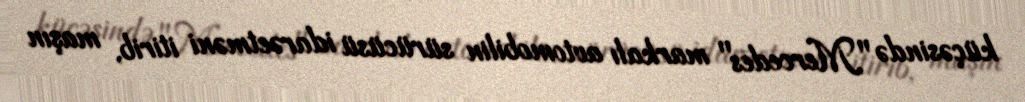
küçəsində "Mercedes" markalı avtomobilin sürücüsü idarəetməni itirib, maşın